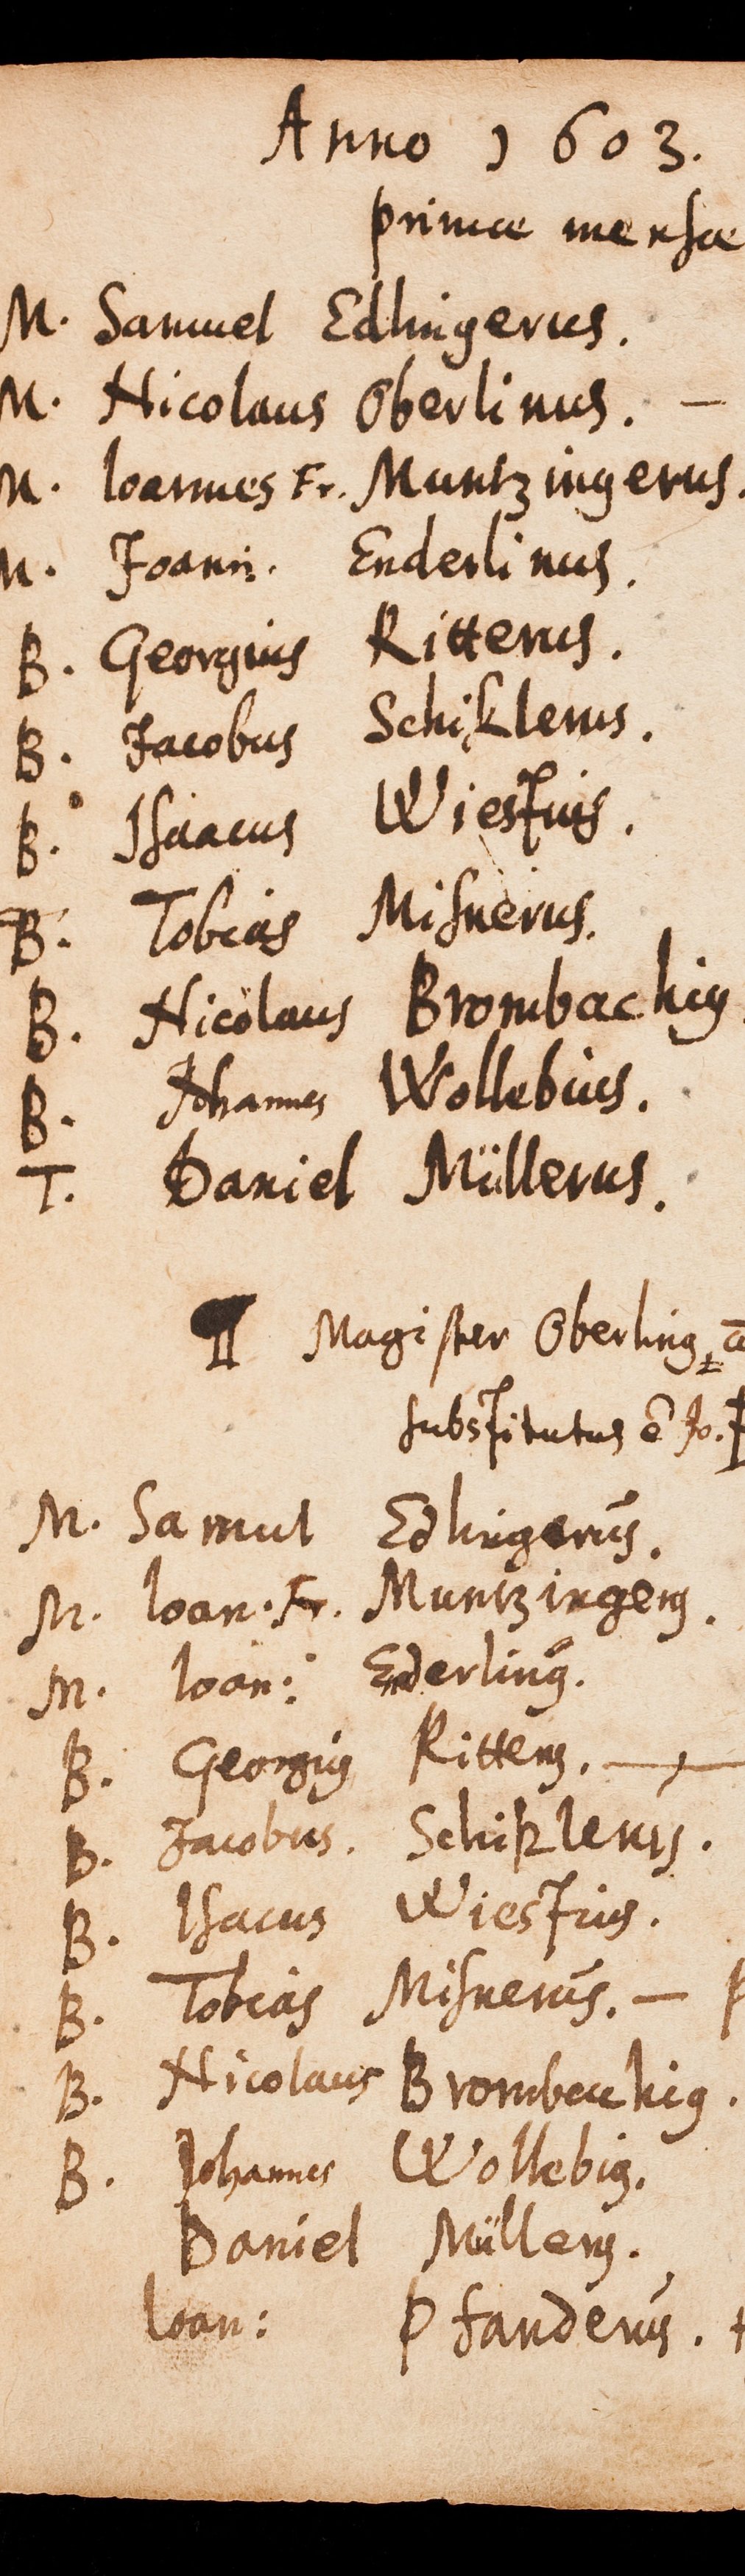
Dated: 1594–1682